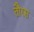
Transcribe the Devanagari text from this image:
तौरस